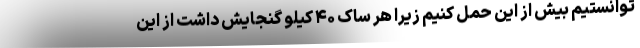
توانستیم بیش از این حمل کنیم زیرا هر ساک ۴۰ کیلو گنجایش داشت از این